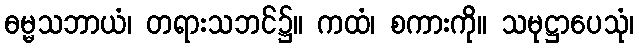
ဓမ္မသဘာယံ၊ တရားသဘင်၌။ ကထံ၊ စကားကို။ သမုဋ္ဌာပေသုံ၊